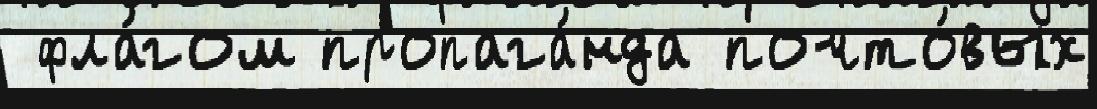
 фла́гом пропага́нда почто́вых